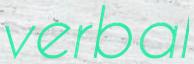
verbal